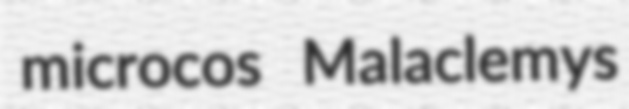
microcos Malaclemys